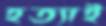
হত্যাই